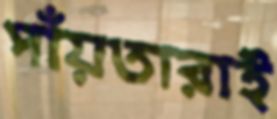
পাঁয়তারাই